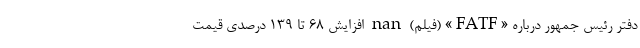
دفتر رئیس‌ جمهور درباره «FATF» (فیلم) nan افزایش ۶۸ تا ۱۳۹ درصدی قیمت